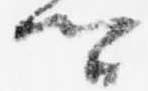
卿